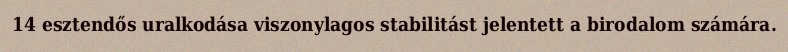
14 esztendős uralkodása viszonylagos stabilitást jelentett a birodalom számára.